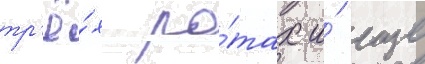
тр'ё́х ро́тах и́ еще